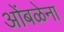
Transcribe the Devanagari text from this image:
ओंबळेना